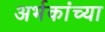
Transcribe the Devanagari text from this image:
अर्भकांच्या